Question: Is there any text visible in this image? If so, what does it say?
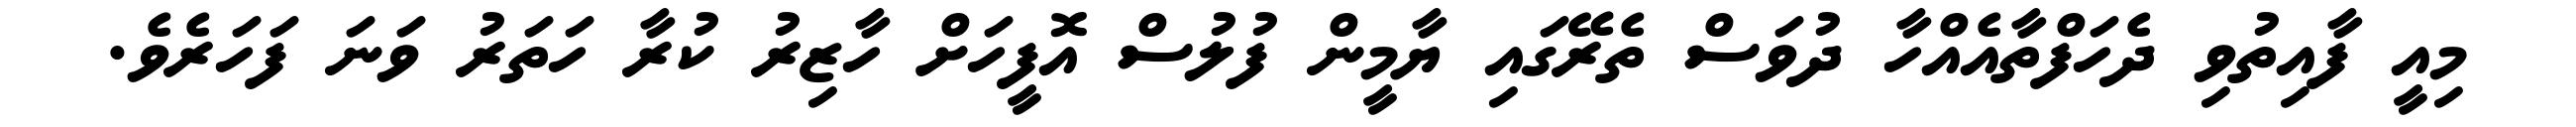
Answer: މިއީ ފާއިތުވި ދެހަފްތާއެއްހާ ދުވަސް ތެރޭގައި ޔާމީން ފުލުސް އޮފީހަށް ހާޒިރު ކުރާ ހަތަރު ވަނަ ފަހަރެވެ.